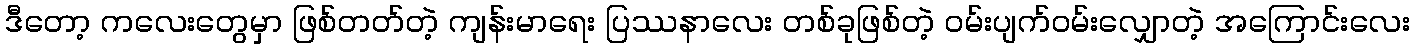
ဒီတော့ ကလေးတွေမှာ ဖြစ်တတ်တဲ့ ကျန်းမာရေး ပြဿနာလေး တစ်ခုဖြစ်တဲ့ ဝမ်းပျက်ဝမ်းလျှောတဲ့ အကြောင်းလေး